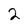
Character: 2